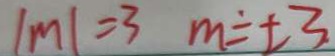
\vert m \vert = 3 m = \pm 3